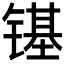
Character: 𮸞